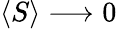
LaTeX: \langle S\rangle\longrightarrow 0